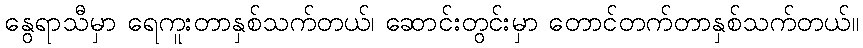
နွေရာသီမှာ ရေကူးတာနှစ်သက်တယ်၊ ဆောင်းတွင်းမှာ တောင်တက်တာနှစ်သက်တယ်။